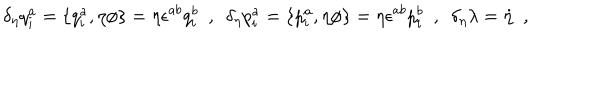
LaTeX: \delta _ { \eta } q _ { i } ^ { a } = \{ q _ { i } ^ { a } , \eta \phi \} = \eta \epsilon ^ { a b } q _ { i } ^ { b } \ \ , \ \ \delta _ { \eta } p _ { i } ^ { a } = \{ p _ { i } ^ { a } , \eta \phi \} = \eta \epsilon ^ { a b } p _ { i } ^ { b } \ \ , \ \ \delta _ { \eta } \lambda = \dot { \eta } \ \ ,